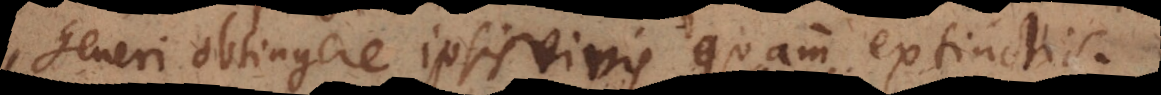
generi obtingere ipsis vivis quam extinctis.